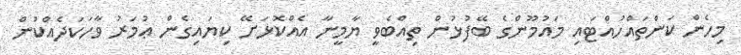
މިހެން ކަންތައްހުއްޓައި މައުމޫންގެ ބޭފުޅުން ތިއްބެވީ ޔާމީނާ އެއްކޮޅަށޭ ކިޔައިގެން ޢުމަރު ވާހަކަދެއްކުން